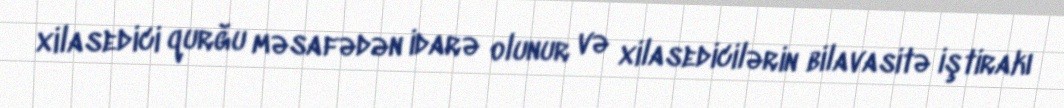
xilasedici qurğu məsafədən idarə olunur və xilasedicilərin bilavasitə iştirakı